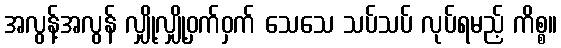
အလွန့်အလွန် လျှို့လျှို့ဝှက်ဝှက် သေသေ သပ်သပ် လုပ်ရမည့် ကိစ္စ။